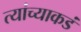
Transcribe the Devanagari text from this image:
त्यांच्याकडं